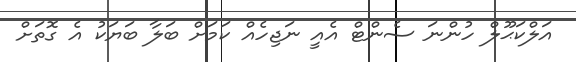
އަލްކަޙޫލް ހުންނަ ސެންޓް އެއީ ނަޖިހެއް ކަމަށް ބަލާ ބަޔަކު އެ ގޮތަށް